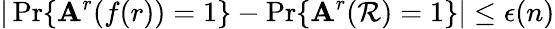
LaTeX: |\operatorname*{Pr}\{ \mathbf{A}^{r}(f(r))=1\} -\operatorname*{Pr}\{ \mathbf{A}^{r}(\mathcal{R})=1\} |\leq\epsilon(n)